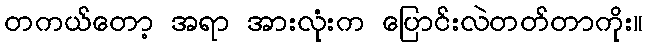
တကယ်တော့ အရာ အားလုံးက ပြောင်းလဲတတ်တာကိုး။